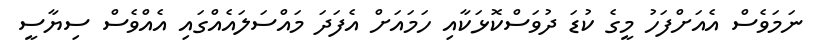
ނަމަވެސް އެއަށްފަހު މީގެ ކުޑަ ދުވަސްކޮޅަކާއި ހަމައަށް އެފަދަ މައްސަލައެއްގައި އެއްވެސް ސިޔާސީ